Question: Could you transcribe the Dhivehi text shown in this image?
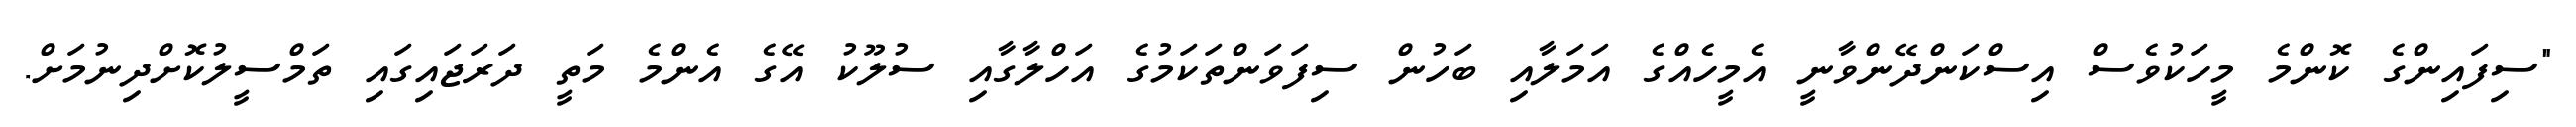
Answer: "ސިފައިންގެ ކޮންމެ މީހަކުވެސް އިސްކަންދޭންވާނީ އެމީހެއްގެ އަމަލާއި ބަހުން ސިފަވަންތަކަމުގެ އަހްލާގާއި ސުލޫކު އޭގެ އެންމެ މަތީ ދަރަޖައިގައި ތަމްސީލުކޮށްދިނުމަށް.